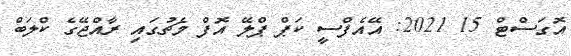
އޮގަސްޓް 15 2021: އޭއެފްސީ ކަޕް ޕްލޭ އޮފް މެޗުގައި ރާއްޖޭގެ ކްލަބް